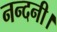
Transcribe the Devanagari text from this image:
नन्दनी।